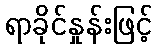
ရာခိုင်နှုန်းဖြင့်